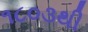
૧૮૦૩થી